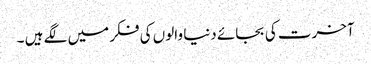
آخرت کی بجائے دنیا والوں کی فکر میں لگے ہیں ۔